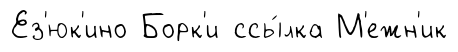
Ез'юк'ино Борк'и ссы́лка М'ежн'ик